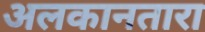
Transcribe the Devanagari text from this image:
अलकानतारा